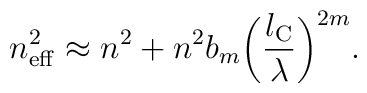
n_{\rm eff}^2\approx n^2+n^2b_{m}\biggl(\frac{l_{\rm C}}{\lambda }\biggr)^{2m}.